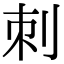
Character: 刺